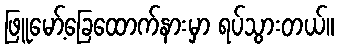
ဖြူမော့်ခြေထောက်နားမှာ ရပ်သွားတယ်။